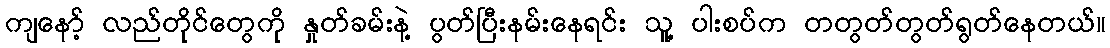
ကျနော့် လည်တိုင်တွေကို နှုတ်ခမ်းနဲ့ ပွတ်ပြီးနမ်းနေရင်း သူ့ ပါးစပ်က တတွတ်တွတ်ရွတ်နေတယ်။